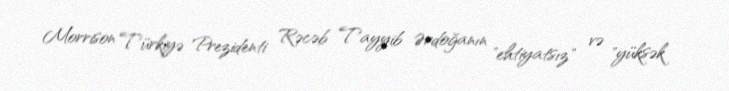
Morrison Türkiyə Prezidenti Rəcəb Tayyib Ərdoğanın "ehtiyatsız" və "yüksək